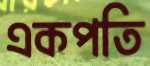
একপতি